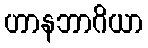
ဟာနဘာဂိယာ